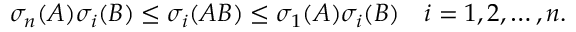
\sigma _ { n } ( A ) \sigma _ { i } ( B ) \leq \sigma _ { i } ( A B ) \leq \sigma _ { 1 } ( A ) \sigma _ { i } ( B ) \quad i = 1 , 2 , \ldots , n .